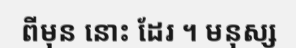
ពីមុន នោះ ដែរ ។ មនុស្ស